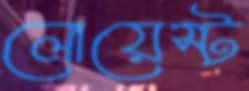
লোয়েস্ট